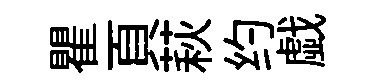
瞿頁萩约戯